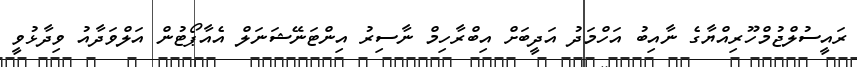
ރައީސުލްޖުމްހޫރިއްޔާގެ ނާއިބު އަހްމަދު އަދީބަށް އިބްރާހިމް ނާސިރު އިންޓަނޭޝަނަލް އެެއާޕޯޓުން އަލްވަދާއު ވިދާޅުވީ